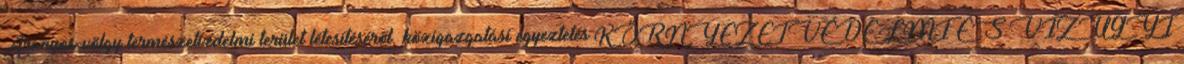
Aranyos-völgy természetvédelmi terület létesítéséről. közigazgatási egyeztetés KÖRNYEZETVÉDELMI ÉS VÍZÜGYI